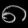
Digit: ၈